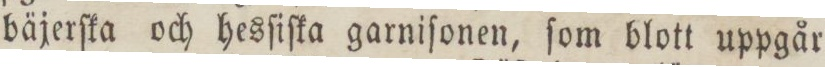
bäjerſka och hesſiſka garniſonen, ſom blott uppgår